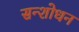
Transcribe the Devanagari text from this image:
सन्शोधन